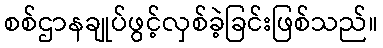
စစ်ဌာနချုပ်ဖွင့်လှစ်ခဲ့ခြင်းဖြစ်သည်။